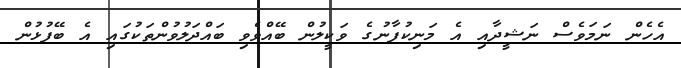
އެހެން ނަމަވެސް ނަޝީދާއި އެ މަނިކުފާނުގެ ވަކީލުން ބޭއްވެވި ބައްދަލުވުންތަކުގައި އެ ބޭފުޅުން